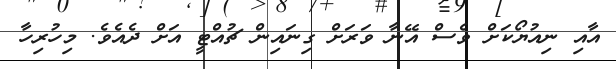
އާއި ނިއުޔޯކަށް ވެސް އޭނާ ވަރަށް ގިނައިން ޗުއްޓީ އަށް ދެއެވެ. މިހުރިހާ